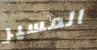
المسير